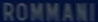
ROMMANI